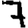
Digit: 7